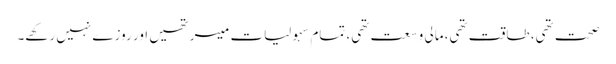
صحت تھی، طاقت تھی، مالی وسعت تھی، تمام سہولیات میسر تھیں اور روزے نہیں رکھے۔